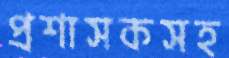
প্রশাসকসহ